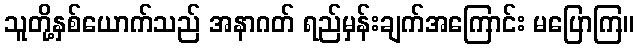
သူတို့နှစ်ယောက်သည် အနာဂတ် ရည်မှန်းချက်အကြောင်း မပြောကြ။